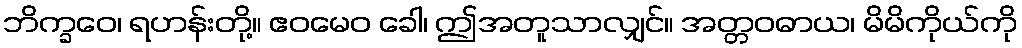
ဘိက္ခဝေ၊ ရဟန်းတို့။ ဧဝမေဝ ခေါ၊ ဤအတူသာလျှင်။ အတ္တဝဓာယ၊ မိမိကိုယ်ကို